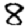
Digit: 8